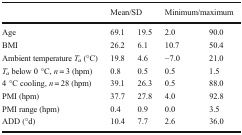
<table><thead><tr><td></td><td colspan="2"><b>Mean/SD</b></td><td colspan="2"><b>Minimum/maximum</b></td></tr></thead><tbody><tr><td>Age</td><td>69.1</td><td>19.5</td><td>2.0</td><td>90.0</td></tr><tr><td>BMI</td><td>26.2</td><td>6.1</td><td>10.7</td><td>50.4</td></tr><tr><td>Ambient temperature <i>T</i><sub><i>a</i></sub> (°C)</td><td>19.8</td><td>4.6</td><td>−7.0</td><td>21.0</td></tr><tr><td><i>T</i><sub><i>a</i></sub> below 0 °C, <i>n</i> = 3 (hpm)</td><td>0.8</td><td>0.5</td><td>0.5</td><td>1.5</td></tr><tr><td>4 °C cooling, <i>n</i> = 28 (hpm)</td><td>39.1</td><td>26.3</td><td>0.5</td><td>88.0</td></tr><tr><td>PMI (hpm)</td><td>37.7</td><td>27.8</td><td>4.0</td><td>92.8</td></tr><tr><td>PMI range (hpm)</td><td>0.4</td><td>0.9</td><td>0.0</td><td>3.5</td></tr><tr><td>ADD (°d)</td><td>10.4</td><td>7.7</td><td>2.6</td><td>36.0</td></tr></tbody></table>